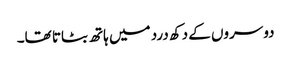
دوسروں کے دکھ درد میں ہاتھ بٹاتا تھا۔